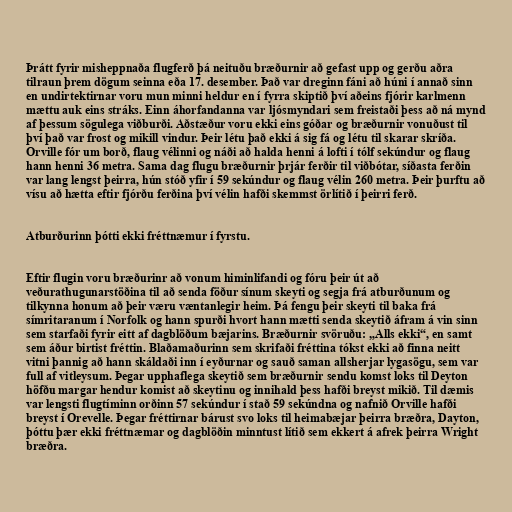
Þrátt fyrir misheppnaða flugferð þá neituðu bræðurnir að gefast upp og gerðu aðra
tilraun þrem dögum seinna eða 17. desember. Það var dreginn fáni að húni í annað sinn
en undirtektirnar voru mun minni heldur en í fyrra skiptið því aðeins fjórir karlmenn
mættu auk eins stráks. Einn áhorfandanna var ljósmyndari sem freistaði þess að ná mynd
af þessum sögulega viðburði. Aðstæður voru ekki eins góðar og bræðurnir vonuðust til
því það var frost og mikill vindur. Þeir létu það ekki á sig fá og létu til skarar skríða.
Orville fór um borð, flaug vélinni og náði að halda henni á lofti í tólf sekúndur og flaug
hann henni 36 metra. Sama dag flugu bræðurnir þrjár ferðir til viðbótar, síðasta ferðin
var lang lengst þeirra, hún stóð yfir í 59 sekúndur og flaug vélin 260 metra. Þeir þurftu að
vísu að hætta eftir fjórðu ferðina því vélin hafði skemmst örlítið í þeirri ferð.

Atburðurinn þótti ekki fréttnæmur í fyrstu.

Eftir flugin voru bræðurinr að vonum himinlifandi og fóru þeir út að
veðurathugunarstöðina til að senda föður sínum skeyti og segja frá atburðunum og
tilkynna honum að þeir væru væntanlegir heim. Þá fengu þeir skeyti til baka frá
símritaranum í Norfolk og hann spurði hvort hann mætti senda skeytið áfram á vin sinn
sem starfaði fyrir eitt af dagblöðum bæjarins. Bræðurnir svöruðu: „Alls ekki“, en samt
sem áður birtist fréttin. Blaðamaðurinn sem skrifaði fréttina tókst ekki að finna neitt
vitni þannig að hann skáldaði inn í eyðurnar og sauð saman allsherjar lygasögu, sem var
full af vitleysum. Þegar upphaflega skeytið sem bræðurnir sendu komst loks til Deyton
höfðu margar hendur komist að skeytinu og innihald þess hafði breyst mikið. Til dæmis
var lengsti flugtíminn orðinn 57 sekúndur í stað 59 sekúndna og nafnið Orville hafði
breyst í Orevelle. Þegar fréttirnar bárust svo loks til heimabæjar þeirra bræðra, Dayton,
þóttu þær ekki fréttnæmar og dagblöðin minntust lítið sem ekkert á afrek þeirra Wright
bræðra.